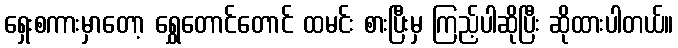
ရှေးစကားမှာတော့ ရွှေတောင်တောင် ထမင်း စားပြီးမှ ကြည့်ပါဆိုပြီး ဆိုထားပါတယ်။